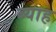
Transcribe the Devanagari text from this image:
ब्‍याह